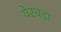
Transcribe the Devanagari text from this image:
थेरवड़ा